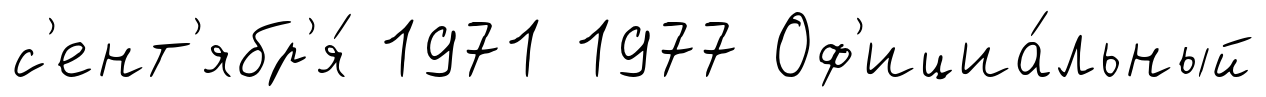
с'ент'ябр'я́ 1971 1977 Оф'ициа́льный